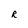
Character: R